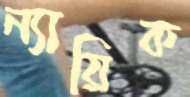
ন্যায়িক